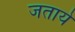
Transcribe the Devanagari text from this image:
जताये